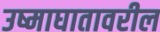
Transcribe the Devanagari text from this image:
उष्माघातावरील